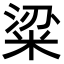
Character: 粱